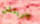
جريتشن